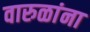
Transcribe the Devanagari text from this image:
वारुळांना